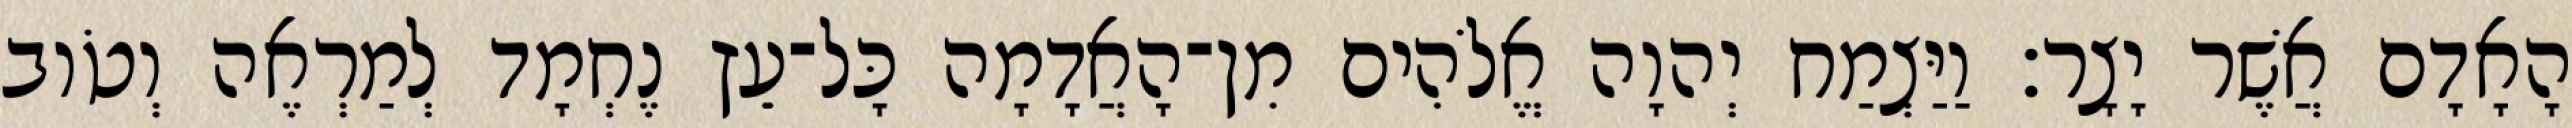
הָאָדָם אֲשֶׁר יָצָר׃ וַיַּצְמַח יְהוָה אֱלֹהִים מִן־הָאֲדָמָה כָּל־עֵץ נֶחְמָד לְמַרְאֶה וְטֹוב